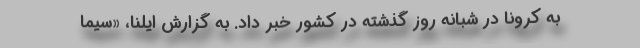
به کرونا در شبانه روز گذشته‌ در کشور خبر داد. به گزارش ایلنا، «سیما